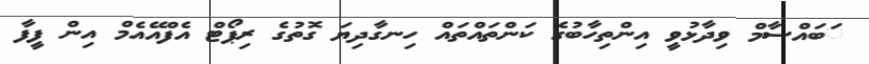
ަބައްސާމް ވިދާޅުވީ އިންތިހާބުގެ ކަންތައްތައް ހިނގާދިޔަ ގޮތުގެ ރިޕޯޓް އެފްއޭއެމް އިން ފީފާ